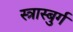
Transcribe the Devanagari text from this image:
स्त्रास्बुर्ग